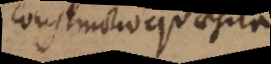
constructio quaesita